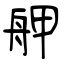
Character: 舺